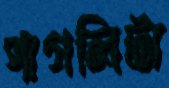
পাগলিটা